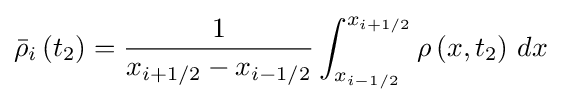
{\bar {\rho }}_{i}\left(t_{2}\right)={\frac {1}{x_{i+1/2}-x_{i-1/2}}}\int _{x_{i-1/2}}^{x_{i+1/2}}\rho \left(x,t_{2}\right)\,dx